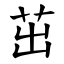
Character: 茁